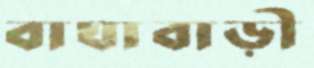
বাঘাবাড়ী